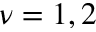
\nu = 1 , 2